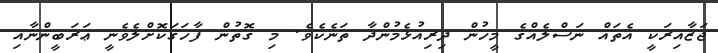
ޖަޒާއިރަކީ އެތައް ނަސްލެއްގެ މީހުން ދިރިއުޅެމުންދާ ތަނެކެވެ. މި ގޮތުން ފާހަގަކޮށްލެވެނީ ޢަރަބީންނާއި